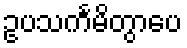
ဥပသင်္ကမိတွာပေ